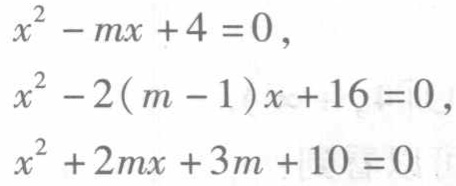
\[

\begin{align*}

x^{2}-mx + 4&=0,\\

x^{2}-2(m - 1)x+16&=0,\\

x^{2}+2mx + 3m + 10&=0

\end{align*}

\]